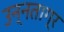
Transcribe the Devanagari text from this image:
उन्नताग्र